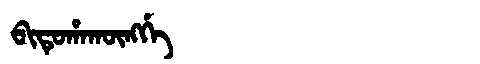
Manchu: ᠪᡳᡨᡠᡥᠠᡴᡡᠩᡤᡝ
Romanization: BITUHAKŪNGGE